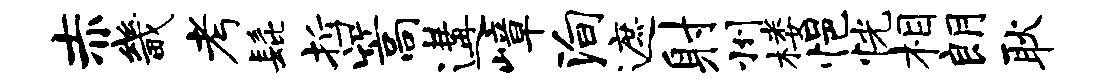
赤畿考髭哲篙遘嶂殉遮射州楼悒恍相朗耿